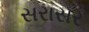
સરાસર